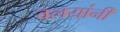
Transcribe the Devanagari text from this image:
वलयांनी